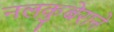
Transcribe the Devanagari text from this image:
नलकुबेराने